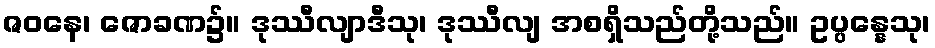
ဇဝနေ၊ ဇောခဏ၌။ ဒုဿီလျာဒီသု၊ ဒုဿီလျ အစရှိသည်တို့သည်။ ဥပ္ပန္နေသု၊